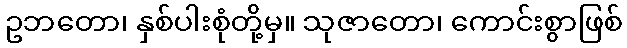
ဥဘတော၊ နှစ်ပါးစုံတို့မှ။ သုဇာတော၊ ကောင်းစွာဖြစ်